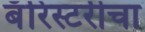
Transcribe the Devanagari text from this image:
बॅरिस्टरीचा